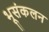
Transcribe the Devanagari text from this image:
भूसंकलन